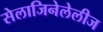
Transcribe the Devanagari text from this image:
सेलाजिनेलेलीज